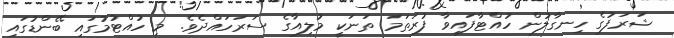
ޝަރަފުގެ ހިނގާލުން ހުއްޓާފައިވާ ފުރަތަމަ ތަނަކީ މުލިއާގެ ސަރަހައްދެވެ. މި ހުއްޓުމުގައި ބޭންޑުގައި